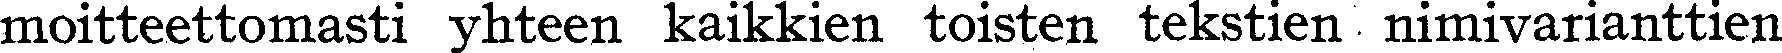
moitteettomasti yhteen kaikkien toisten tekstien nimivarianttien